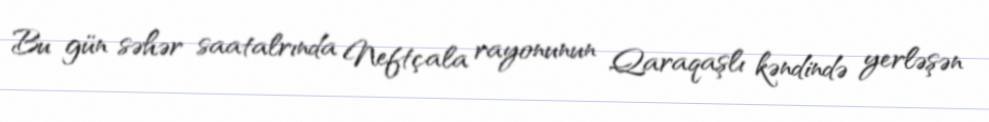
Bu gün səhər saatalrında Neftçala rayonunun Qaraqaşlı kəndində yerləşən